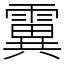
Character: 霬